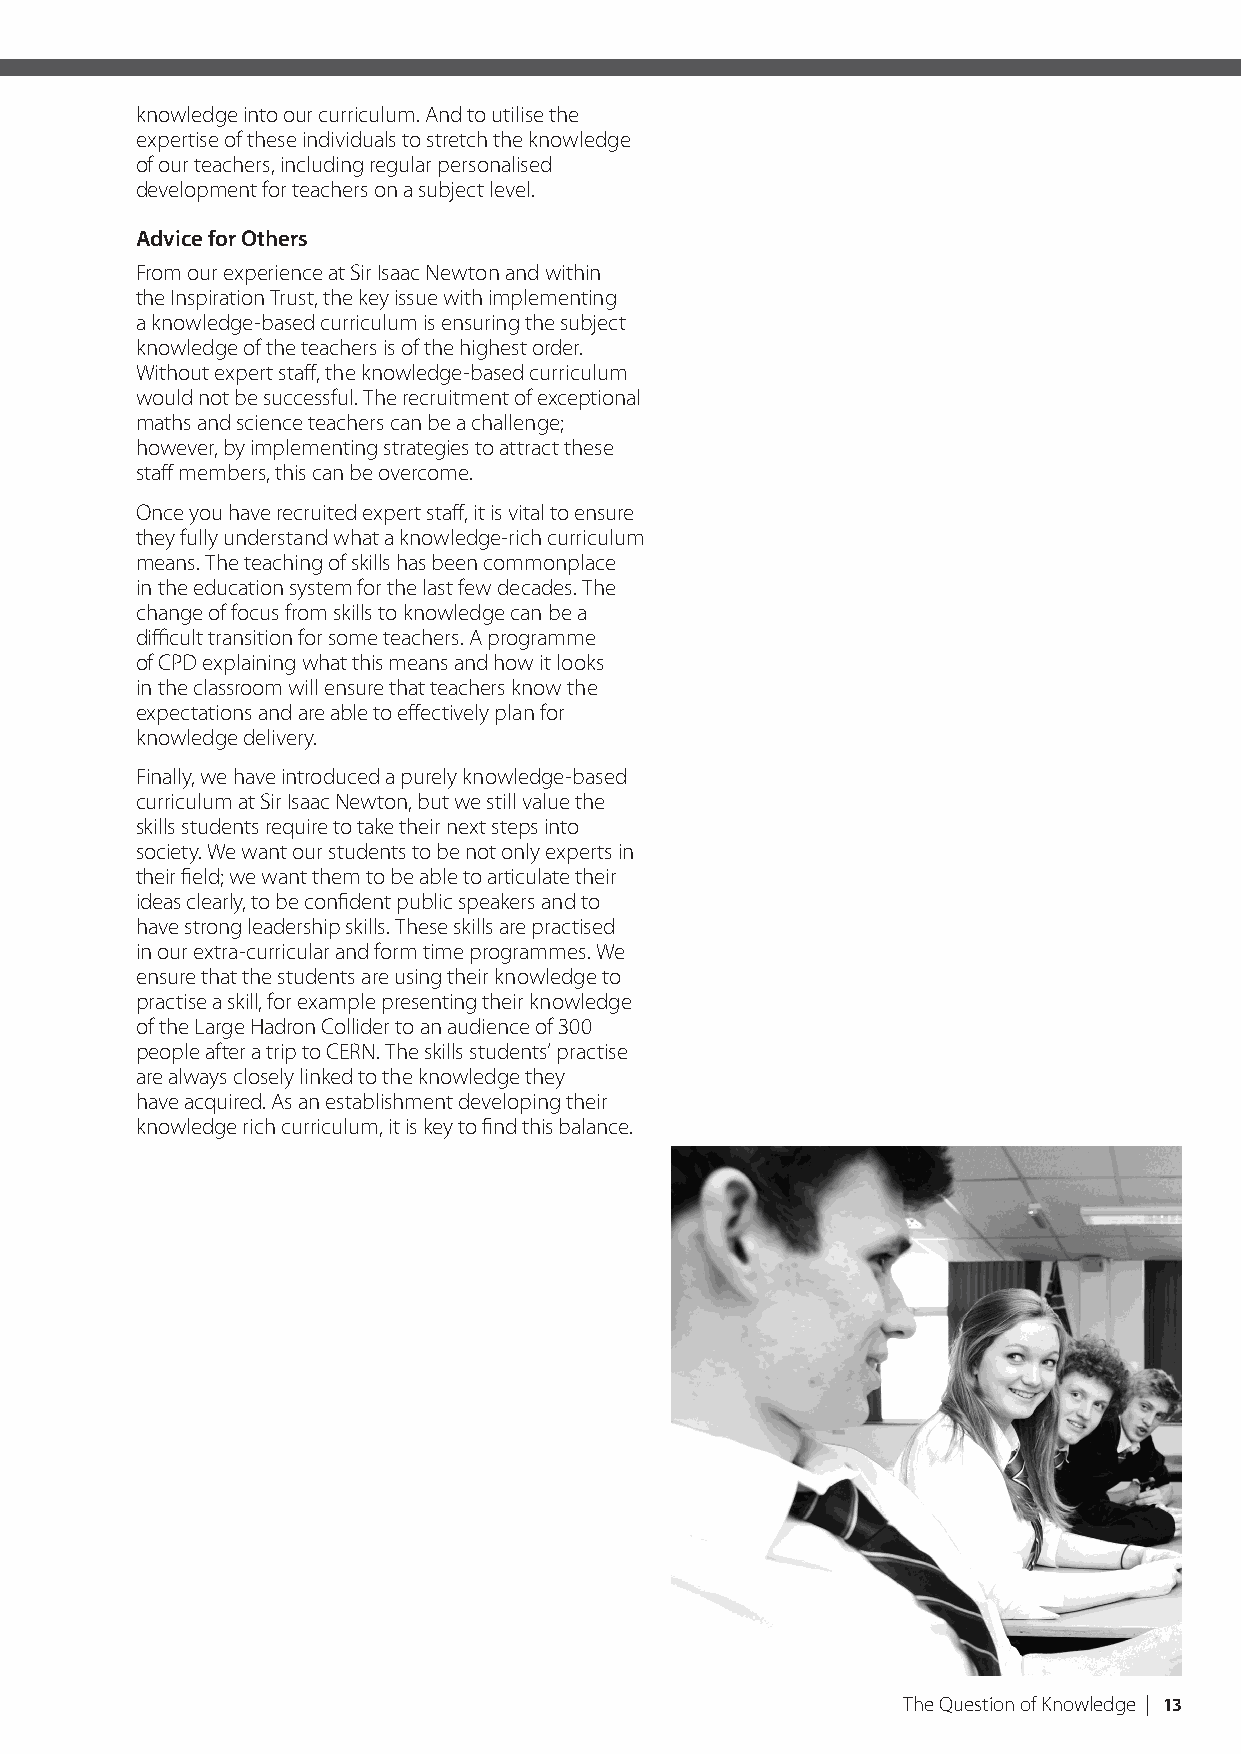
knowledge into our curriculum. And to utilise the
 expertise of these individuals to stretch the knowledge
 of our teachers, including regular personalised
 development for teachers on a subject level.
 Advice for Others
 From our experience at Sir Isaac Newton and within
 the Inspiration Trust, the key issue with implementing
 a knowledge-based curriculum is ensuring the subject
 knowledge of the teachers is of the highest order.
 Without expert staff, the knowledge-based curriculum
 would not be successful. The recruitment of exceptional
 maths and science teachers can be a challenge;
 however, by implementing strategies to attract these
 staff members, this can be overcome.
 Once you have recruited expert staff, it is vital to ensure
 they fully understand what a knowledge-rich curriculum
 means. The teaching of skills has been commonplace
 in the education system for the last few decades. The
 change of focus from skills to knowledge can be a
 difficult transition for some teachers. A programme
 of CPD explaining what this means and how it looks
 in the classroom will ensure that teachers know the
 expectations and are able to effectively plan for
 knowledge delivery.
 Finally, we have introduced a purely knowledge-based
 curriculum at Sir Isaac Newton, but we still value the
 skills students require to take their next steps into
 society. We want our students to be not only experts in
 their field; we want them to be able to articulate their
 ideas clearly, to be confident public speakers and to
 have strong leadership skills. These skills are practised
 in our extra-curricular and form time programmes. We
 ensure that the students are using their knowledge to
 practise a skill, for example presenting their knowledge
 of the Large Hadron Collider to an audience of 300
 people after a trip to CERN. The skills students’ practise
 are always closely linked to the knowledge they
 have acquired. As an establishment developing their
 knowledge rich curriculum, it is key to find this balance.
 The Question of Knowledge | 13